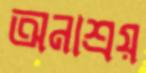
অনাশ্রয়